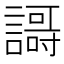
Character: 𲁶